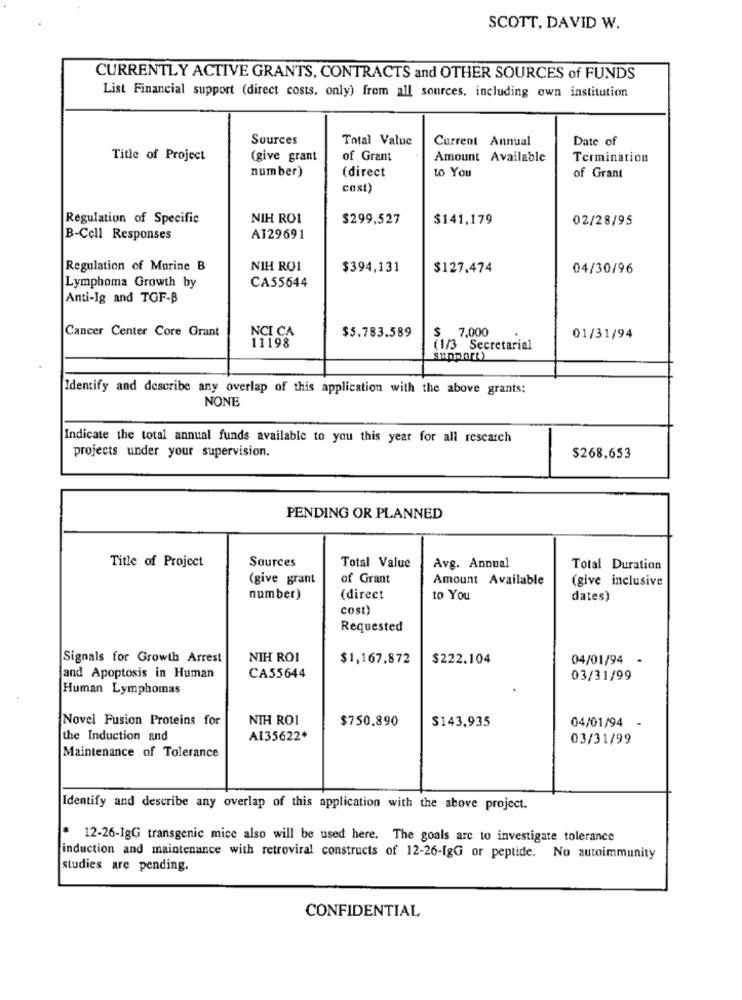
SCOTT, DAVID W.
CURRENTLY ACTIVE GRANTS, CONTRACTS and OTHER SOURCES of FUNDS
List Financial support (direct costs, only) from all sources. including own institution
Sources
Total Value
Current Annual
Date of
Title of Project
(give grant
of Grant
Amount Available
Termination
number)
to You
(direct
of Grant
cost)
Regulation of Specific
NIH ROI
$299,527
$141,179
02/28/95
B-Cell Responses
AI29691
Regulation of Murine B
NIH ROI
$394,131
$127.474
04/30/96
CA55644
Lymphoma Growth by
Anti-Ig and TGF-B
Cancer Center Core Grant
NCI CA
$ 7,000
11198
$5.783.589
01/31/94
(1/3 Secretarial
Identify and describe any overlap of this application with the above grants:
NONE
Indicate the total annual funds available to you this year for all research
projects under your supervision.
$268.653
PENDING OR PLANNED
Title of Project
Sources
Total Value
Avg. Annual
Total Duration
(give grant
of Grant
Amount Available
(give inclusive
number)
(direct
to You
dates)
cost)
Requested
Signals for Growth Arrest
NIH ROI
$1,167,872
$222.104
04/01/94
CA55644
and Apoptosis in Human
03/31/99
Human Lymphomas
Novel Fusion Proteins for
NIH ROI
$750,890
$143,935
04/01/94 -
the Induction and
AI35622+
03/31/99
Maintenance of Tolerance
Identify and describe any overlap of this application with the above project.
12-26-IgG transgenic mice also will be used here. The goals are to investigate tolerance
induction and maintenance with retroviral constructs of 12-26-IgG or peptide. No autoimmunity
studies are pending.
CONFIDENTIAL